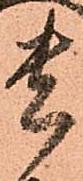
貴